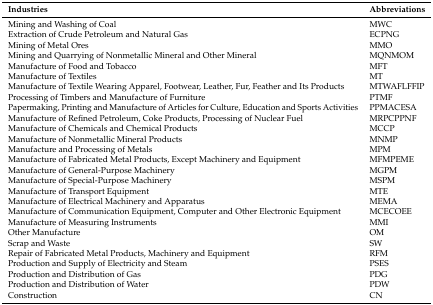
| Industries | Abbreviations |
 | --- | --- |
 | Mining and Washing of Coal | MWC |
 | Extraction of Crude Petroleum and Natural Gas | ECPNG |
 | Mining of Metal Ores | MMO |
 | Mining and Quarrying of Nonmetallic Mineral and Other Mineral | MQNMOM |
 | Manufacture of Food and Tobacco | MFT |
 | Manufacture of Textiles | MT |
 | Manufacture of Textile Wearing Apparel, Footwear, Leather, Fur, Feather and Its Products | MTWAFLFFIP |
 | Processing of Timbers and Manufacture of Furniture | PTMF |
 | Papermaking, Printing and Manufacture of Articles for Culture, Education and Sports Activities | PPMACESA |
 | Manufacture of Refined Petroleum, Coke Products, Processing of Nuclear Fuel | MRPCPPNF |
 | Manufacture of Chemicals and Chemical Products | MCCP |
 | Manufacture of Nonmetallic Mineral Products | MNMP |
 | Manufacture and Processing of Metals | MPM |
 | Manufacture of Fabricated Metal Products, Except Machinery and Equipment | MFMPEME |
 | Manufacture of General-Purpose Machinery | MGPM |
 | Manufacture of Special-Purpose Machinery | MSPM |
 | Manufacture of Transport Equipment | MTE |
 | Manufacture of Electrical Machinery and Apparatus | MEMA |
 | Manufacture of Communication Equipment, Computer and Other Electronic Equipment | MCECOEE |
 | Manufacture of Measuring Instruments | MMI |
 | Other Manufacture | OM |
 | Scrap and Waste | SW |
 | Repair of Fabricated Metal Products, Machinery and Equipment | RFM |
 | Production and Supply of Electricity and Steam | PSES |
 | Production and Distribution of Gas | PDG |
 | Production and Distribution of Water | PDW |
 | Construction | CN |